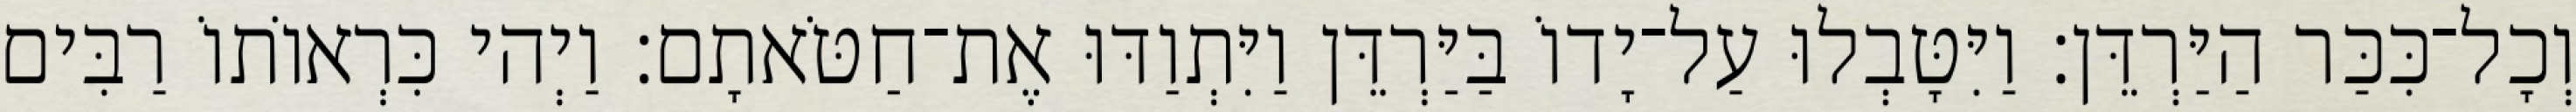
וְכָל־כִּכַּר הַיַּרְדֵּן׃ וַיִּטָּבְלוּ עַל־יָדוֹ בַּיַּרְדֵּן וַיִּתְוַדּוּ אֶת־חַטֹּאתָם׃ וַיְהי כִּרְאוֹתוֹ רַבִּים